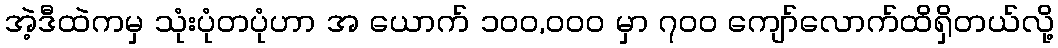
အဲ့ဒီထဲကမှ သုံးပုံတပုံဟာ အ ယောက် ၁၀၀,၀၀၀ မှာ ၇၀၀ ကျော်လောက်ထိရှိတယ်လို့